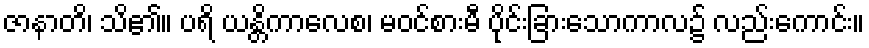
ဇာနာတိ၊ သိ၏။ ပရိ ယန္တိကာလေစ၊ မဝင်စားမီ ပိုင်းခြားသောကာလ၌ လည်းကောင်း။